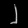
Digit: ၂